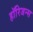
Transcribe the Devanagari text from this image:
हॉरिजन्स